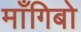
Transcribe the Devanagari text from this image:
माँगिबो